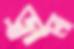
ড্রাম